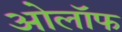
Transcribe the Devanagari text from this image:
ओलॉफ